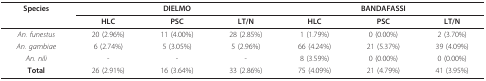
| Species | <COLSPAN=3> DIELMO | <COLSPAN=3> BANDAFASSI |
 |  | HLC | PSC | LT/N | HLC | PSC | LT/N |
 | --- | --- | --- | --- | --- | --- | --- |
 | An. funestus | 20 (2.96%) | 11 (4.00%) | 28 (2.85%) | 1 (1.79%) | 0 (0.00%) | 2 (3.70%) |
 | An. gambiae | 6 (2.74%) | 5 (3.05%) | 5 (2.96%) | 66 (4.24%) | 21 (5.37%) | 39 (4.09%) |
 | An. nili | - | - | - | 8 (3.59%) | 0 (0.00%) | 0 (0.00%) |
 | Total | 26 (2.91%) | 16 (3.64%) | 33 (2.86%) | 75 (4.09%) | 21 (4.79%) | 41 (3.95%) |